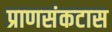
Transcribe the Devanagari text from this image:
प्राणसंकटास